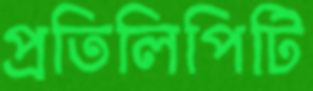
প্রতিলিপিটি